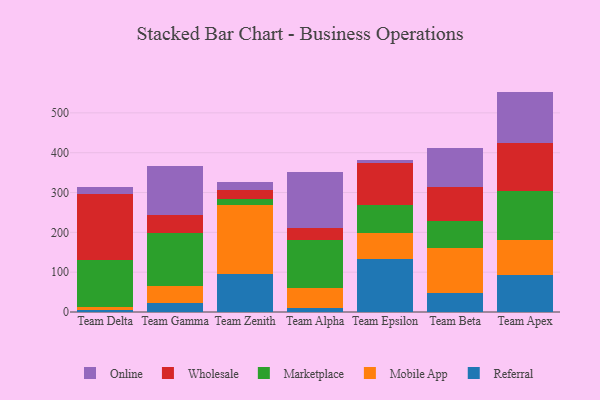
{"axis": {"x": "Team", "y": "LTV (USD)"}, "legend": ["Marketplace", "Mobile App", "Online", "Referral", "Wholesale"], "data": [{"x": "Team Delta", "y": 5.6, "type": "Referral"}, {"x": "Team Delta", "y": 6.9, "type": "Mobile App"}, {"x": "Team Delta", "y": 118.7, "type": "Marketplace"}, {"x": "Team Delta", "y": 165.1, "type": "Wholesale"}, {"x": "Team Delta", "y": 17.2, "type": "Online"}, {"x": "Team Gamma", "y": 22.1, "type": "Referral"}, {"x": "Team Gamma", "y": 42.6, "type": "Mobile App"}, {"x": "Team Gamma", "y": 134.4, "type": "Marketplace"}, {"x": "Team Gamma", "y": 44.4, "type": "Wholesale"}, {"x": "Team Gamma", "y": 123.8, "type": "Online"}, {"x": "Team Zenith", "y": 95.1, "type": "Referral"}, {"x": "Team Zenith", "y": 173.8, "type": "Mobile App"}, {"x": "Team Zenith", "y": 16.0, "type": "Marketplace"}, {"x": "Team Zenith", "y": 20.3, "type": "Wholesale"}, {"x": "Team Zenith", "y": 20.7, "type": "Online"}, {"x": "Team Alpha", "y": 9.8, "type": "Referral"}, {"x": "Team Alpha", "y": 49.4, "type": "Mobile App"}, {"x": "Team Alpha", "y": 122.2, "type": "Marketplace"}, {"x": "Team Alpha", "y": 29.9, "type": "Wholesale"}, {"x": "Team Alpha", "y": 140.7, "type": "Online"}, {"x": "Team Epsilon", "y": 133.5, "type": "Referral"}, {"x": "Team Epsilon", "y": 64.3, "type": "Mobile App"}, {"x": "Team Epsilon", "y": 71.2, "type": "Marketplace"}, {"x": "Team Epsilon", "y": 106.2, "type": "Wholesale"}, {"x": "Team Epsilon", "y": 5.3, "type": "Online"}, {"x": "Team Beta", "y": 47.2, "type": "Referral"}, {"x": "Team Beta", "y": 113.1, "type": "Mobile App"}, {"x": "Team Beta", "y": 68.8, "type": "Marketplace"}, {"x": "Team Beta", "y": 84.2, "type": "Wholesale"}, {"x": "Team Beta", "y": 98.3, "type": "Online"}, {"x": "Team Apex", "y": 92.9, "type": "Referral"}, {"x": "Team Apex", "y": 87.0, "type": "Mobile App"}, {"x": "Team Apex", "y": 124.8, "type": "Marketplace"}, {"x": "Team Apex", "y": 118.8, "type": "Wholesale"}, {"x": "Team Apex", "y": 129.9, "type": "Online"}]}